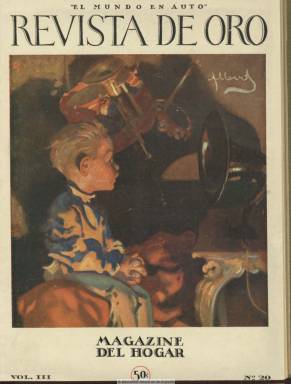
Título: Revista de oro
Otros títulos: Mundo en auto
Colección: Revistas de información general
Ámbito geográfico: Barcelona
Lugar de publicación: Barcelona
Fechas: 01/03/1926-31/07/1927

Con este título aparece el 15 de enero de 1926 la revista que venía publicándose desde 1924 con la cabecera El mundo en auto, manteniendo el mismo subtítulo “magazine del hogar”, así como la secuencia de su serie. La estructura es similar a la publicación que sustituye, pero llegando ahora algunas de sus entregas a superar ampliamente el centenar de páginas, profusamente ilustradas con gran número de fotograbados (fotografías y dibujos). La revista será editada a partir de ahora por la Compañía Anónima de Ediciones y Publicidad, y servirá como vehículo publicitario para la industria y el comercio del automóvil. En una nota editorial se indicará que la publicación es un “asunto de publicidad y los anunciantes asociados se la costean con su cuenta y razón”.

Se trata de una publicación tipo magazín con un gran número de fotografías y dibujos y con su cubierta estampada a color, y además de los reclamos publicitarios del sector del automóvil, entre otros, publica artículos y reportajes de variada temática, como son las expediciones aéreas, la moda, el cine, la radiotelefonía, el arte contemporáneo, el mobiliario, la decoración o la cocina, la circulación automovilística en las grandes ciudades, así como novedades y misceláneas o páginas de historia o para niños, además de literatura amena o de pasatiempos. Es una revista destinada tanto a un público masculino como femenino de alto poder adquisitivo y como reclamo para la compra y uso lúdico del automóvil.

La colección de este título de la Biblioteca Nacional de España va desde el número 20 (marzo de 1926) al 35 (julio de 1927), correspondiendo cada año a los volúmenes III y IV, respectivamente. Los dos primeros volúmenes corresponden al título El mundo en auto, que también forma parte de esta Hemeroteca Digital.